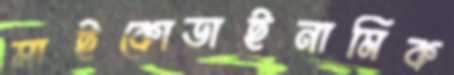
সাইকোডাইনামিক